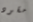
مقود